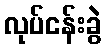
လုပ်ငန်းခွဲ